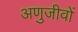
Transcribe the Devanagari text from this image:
अणुजीवों